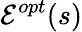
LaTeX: \mathcal{E}^{opt}(s)